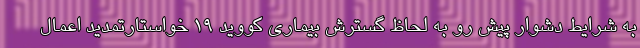
به شرایط دشوار پیش رو به لحاظ گسترش بیماری کووید ۱۹ خواستارتمدید اعمال